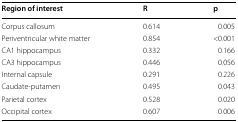
| Region of interest | R | p |
 | --- | --- | --- |
 | Corpus callosum | 0.614 | 0.005 |
 | Periventricular white matter | 0.854 | <0.001 |
 | CA1 hippocampus | 0.332 | 0.166 |
 | CA3 hippocampus | 0.446 | 0.056 |
 | Internal capsule | 0.291 | 0.226 |
 | Caudate-putamen | 0.495 | 0.043 |
 | Parietal cortex | 0.528 | 0.020 |
 | Occipital cortex | 0.607 | 0.006 |